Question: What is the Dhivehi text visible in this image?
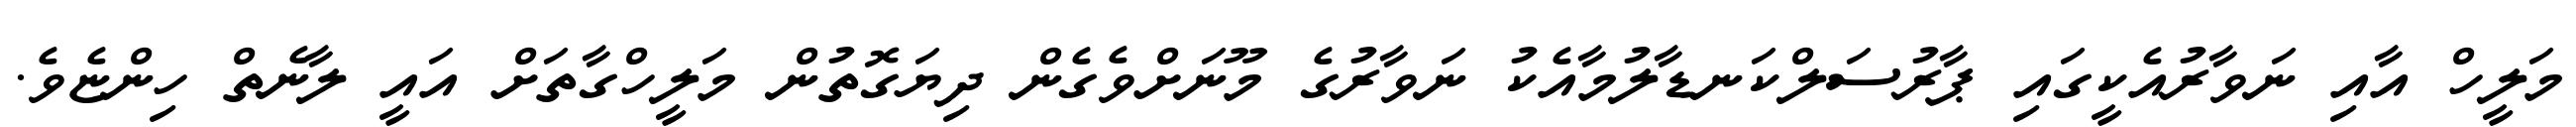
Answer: މަލީހް އާއި ނަވާރުއެކީގައި ޕާރުސަލްކަނޑާލުމާއެކު ނަވާރުގެ މޫނަށްވެގެން ދިޔަގޮތުން މަލީހްގާތަށް އައީ ލާނެތް ހިންޏެވެ.